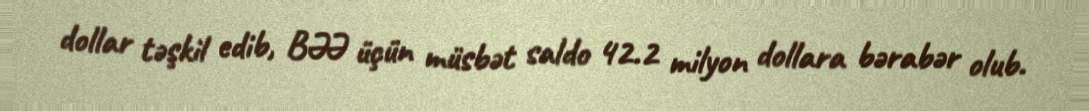
dollar təşkil edib, BƏƏ üçün müsbət saldo 42.2 milyon dollara bərabər olub.